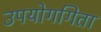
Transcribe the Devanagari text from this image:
उपयोगगिता